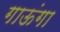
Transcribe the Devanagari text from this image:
गाऊंगा